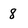
Character: 8